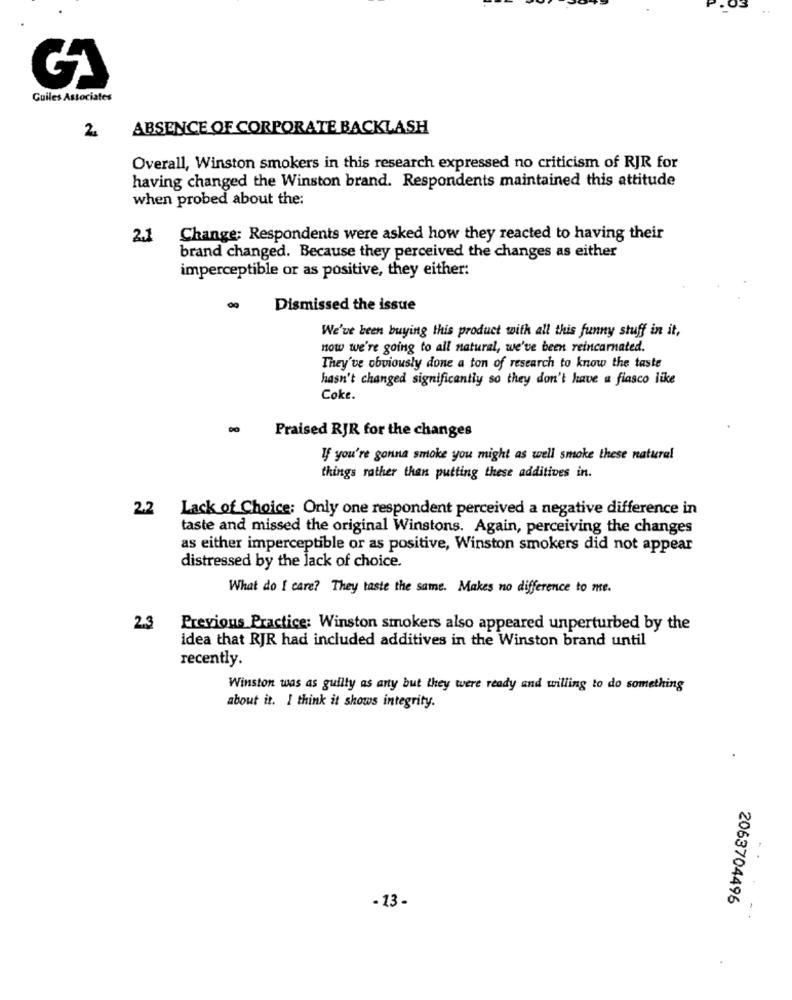
Guiles Associates
ABSENCE OF CORPORATE BACKLASH
2
Overall, Winston smokers in this research expressed no criticism of RJR for
having changed the Winston brand. Respondents maintained this attitude
when probed about the:
2.1
Change: Respondents were asked how they reacted to having their
brand changed. Because they perceived the changes as either
imperceptible or as positive, they either:
Dismissed the issue
We've been buying this product with all this funny stuff in it,
now we're going to all natural, we've been reincarnated.
They've obviously done a ton of research to know the taste
hasn't changed significantly so they don't have a fiasco like
Coke.
Praised RJR for the changes
If you're gonna smoke you might as well smoke these natural
things rather than putting these additives in.
2.2 Lack of Choice: Only one respondent perceived a negative difference in
taste and missed the original Winstons. Again, perceiving the changes
as either imperceptible or as positive, Winston smokers did not appear
distressed by the lack of choice.
What do I care? They taste the same. Makes no difference to me.
2.3
Previous Practice: Winston smokers also appeared unperturbed by the
idea that RJR had included additives in the Winston brand until
recently.
Winston was as guilty as any but they were ready and willing to do something
about it. I think it shows integrity.
.
- 13 -
2063704496